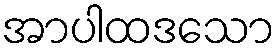
အာပါထဒသော